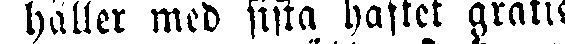
håller med sista häftet gratis